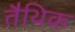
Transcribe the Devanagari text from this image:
तैथिक